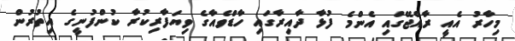
މިހާރު އެއީ ރާއްޖޭގައި އެންމެ ފުޅާ ދާއިރާގައި ހާޑްވެއާގެ ވިޔަފާރިކުރާ ކުންފުނީގެ އިތުރުން